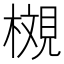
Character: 𪳩